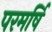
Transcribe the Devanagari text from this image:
परमर्षि